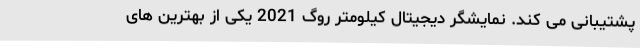
پشتیبانی می کند. نمایشگر دیجیتال کیلومتر روگ 2021 یکی از بهترین های